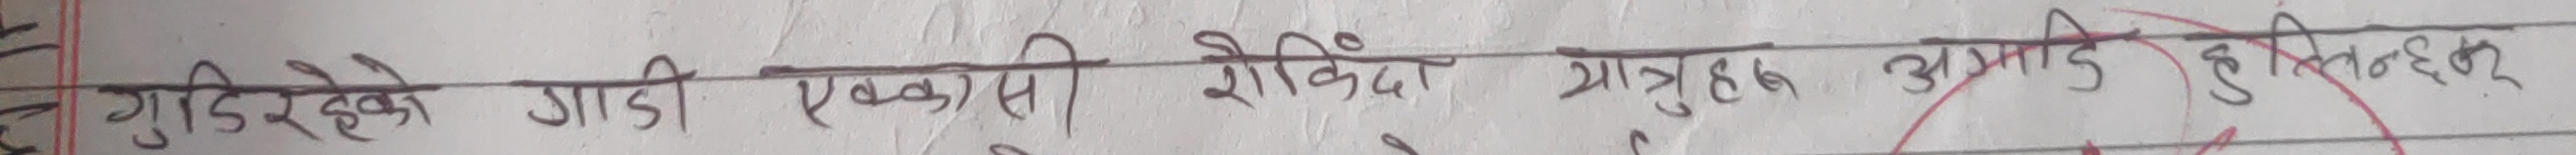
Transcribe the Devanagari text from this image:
गुडिरेको गाडी एक्कासि रोकिँदा यात्रुहरु अगाडि हुत्तिन सक्छन्।